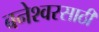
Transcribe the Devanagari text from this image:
बनेश्वरसाठी